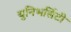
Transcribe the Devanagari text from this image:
युनिभर्सिटी